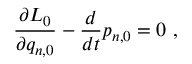
\frac { \partial L _ { 0 } } { \partial q _ { n , 0 } } - \frac { d } { d t } p _ { n , 0 } = 0 \ ,